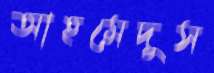
আহমেদুস